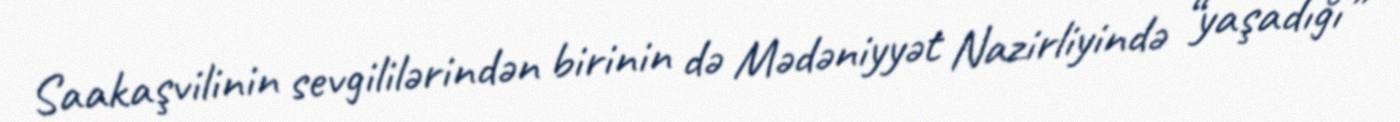
Saakaşvilinin sevgililərindən birinin də Mədəniyyət Nazirliyində “yaşadığı”